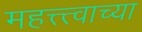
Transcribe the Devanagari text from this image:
महत्त्त्वाच्या